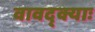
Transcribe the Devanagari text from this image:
वावद्क्याः